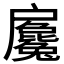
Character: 𢩢